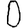
Digit: 0